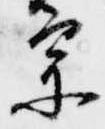
宗